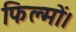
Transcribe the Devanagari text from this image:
फिल्मों।